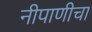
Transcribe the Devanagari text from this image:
नीपाणीचा